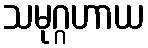
သမုဂ္ဂဟာယ